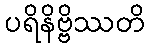
ပရိနိဗ္ဗိဿတိ